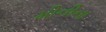
મીનીના